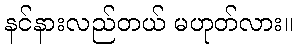
နင်နားလည်တယ် မဟုတ်လား။